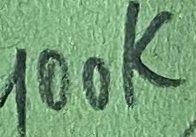
Text: 100kΩ